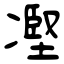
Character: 𠗻